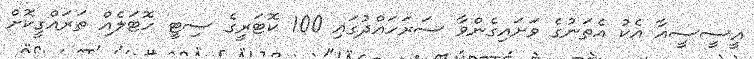
އީސީސީއާ އެކު އެތަނުގެ ވަށައިގެންވާ ސަރަހައްދުގައި 100 ކޮޓަރީގެ ސިޓީ ހޮޓަލެއް ތަރައްގީކޮށް